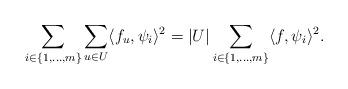
LaTeX: \begin{align*}\sum_{i \in \{ 1, \ldots, m \}} \sum_{u\in U} \langle f_u, \psi_i \rangle^2 = |U| \sum_{i \in \{ 1, \ldots, m \}} \langle f, \psi_i \rangle^2.\end{align*}